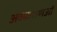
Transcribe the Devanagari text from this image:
अवधाराणओं